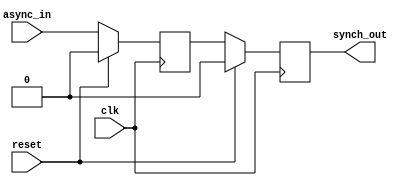
module sync_ss(
    input clk,
    input reset,
    input async_in,
    output synch_out);

    reg meta;
    reg synch_out_reg;

    assign synch_out = synch_out_reg;

always @(posedge clk)
    if (reset) begin
        meta <= 1'b0;
        synch_out_reg <= 1'b0;
    end
    else begin
        meta <= async_in;
        synch_out_reg <= meta;
    end

endmodule